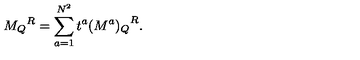
{ M _ { Q } } ^ { R } = \sum _ { a = 1 } ^ { N ^ { 2 } } t ^ { a } { ( M ^ { a } ) _ { Q } } ^ { R } .